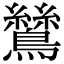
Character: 鷥